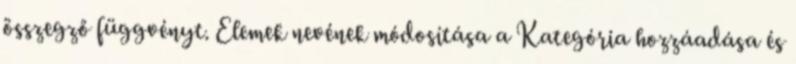
összegző függvényt. Elemek nevének módosítása a Kategória hozzáadása és